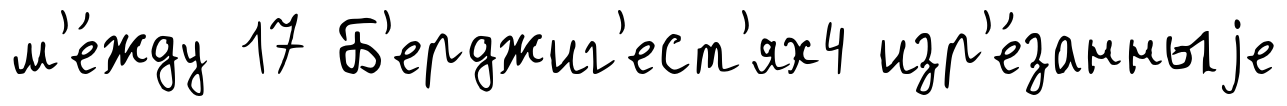
м'е́жду 17 Б'ерджиг'ест'ях4 изр'е́занныjе